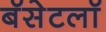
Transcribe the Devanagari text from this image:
बॅसेटलॉ